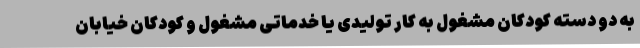
به دو دسته کودکان مشغول به کار تولیدی یا خدماتی مشغول و کودکان خیابان